King Institute of Preventive Medicine Micro-Biological Section reports 1909-11
Year: 1909
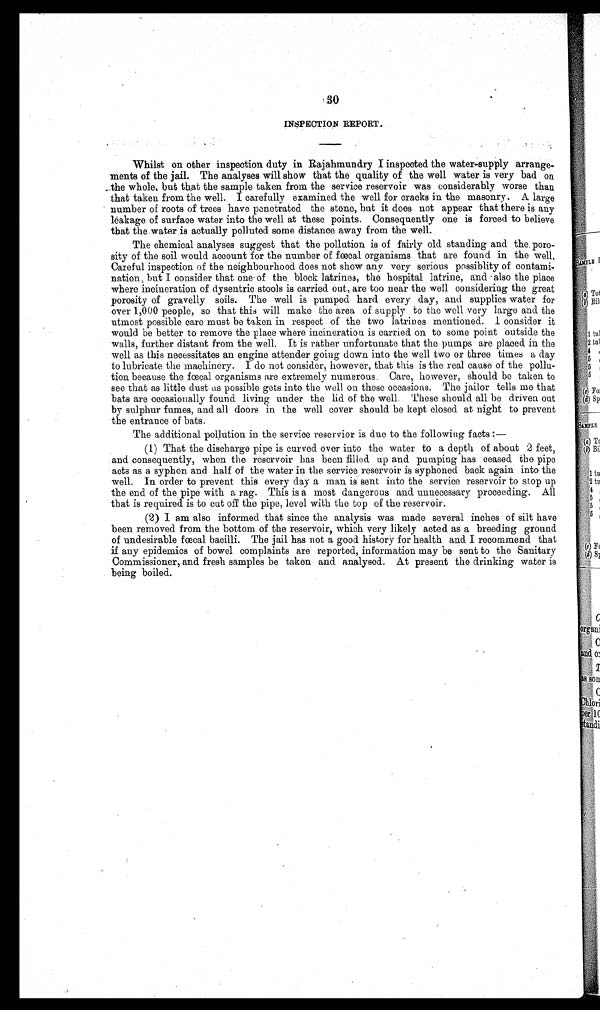
30
INSPECTION REPORT.
Whilst on other inspection duty in Rajahmundry I inspected the water-supply arrang
e -
m e n t s o f t h e j a i l . T h e a n a l y s e s w i l l s h o w t h a t t h e q u a l i t y o f t h e w e l l w a t e r i s v e r y b a d o n
the whole, but that the sample taken from the service reservoir was considerably worse than
that taken from the well. I carefully examined the well for cracks in the masonry. A large
number of roots of trees have penetrated the stone, but it does not appear that there is any
leakage of surface water into the well at these points. Consequently one is forced to believe
that the water is actually polluted some distance away from the well.
The chemical analyses suggest that the pollution is of fairly old standing and the. poro
sity of the soil would account for the number of fœcal organisms that are found in the well.
Careful inspection of the neighbourhood does not show any very serious possiblity of contami-
nation, but I consider that one of the block latrines, the hospital latrine, and also the place
where incineration of dysentric stools is carried out, are too near the well considering the great
porosity of gravelly soils. The well is pumped hard every day, and supplies water for
over 1,000 people, so that this will make the area of supply to the well very large and the
utmost possible care must be taken in respect of the two latrines mentioned. I consider it
would be better to remove the place where incineration is carried on to some point outside the
walls, further distant from the well. It is rather unfortunate that the pumps are placed in the
well as this necessitates an engine attender going down into the well two or three times a day
to lubricate the machinery. I do not consider, however, that this is the real cause of the pollu
tion because the fœcal organisms are extremely numerous. Care, however, should be taken to
see that as little dust as possible gets into the well on these occasions. The jailor tells me that
bats are occasionally found living under the lid of the well. These should all be driven out
by sulphur fumes, and all doors in the well cover should be kept closed at night to prevent
the entrance of bats.
The additional pollution in the service reservior is due to the following facts :
—
(1) That the discharge pipe is curved over into the water to a depth of about 2 feet,
and consequently, when the reservoir has been filled up and pumping has ceased the pipe
acts as a syphon and half of the water in the service reservoir is syphoned back again into the
well. In order to prevent this every day a man is sent into the service reservoir to stop up
the end of the pipe with a rag. This is a most dangerous and unnecessary proceeding. All
that is required is to cut off the pipe, level with the top of the reservoir.
(2) I am also informed that since the analysis was made several inches of silt have
been removed from the bottom of the reservoir, which very likely acted as a breeding ground
of undesirable fœcal bacilli. The jail has not a good history for health and I recommend that
if any epidemics of bowel complaints are reported, information may be sent to the Sanitary
Commissioner, and fresh samples be taken and analysed. At present the drinking water is
being boiled.